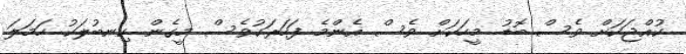
ކުއްޖަކަށް ވެސް ބޮޑު މީހަކަށް ވެސް އެންމެ ފަހަރަކުވެސް މީގެން ކިނބުލަކު ހަމަލަ